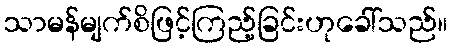
သာမန်မျက်စိဖြင့်ကြည့်ခြင်းဟုခေါ်သည်။